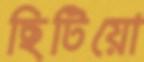
ছিটিয়ো